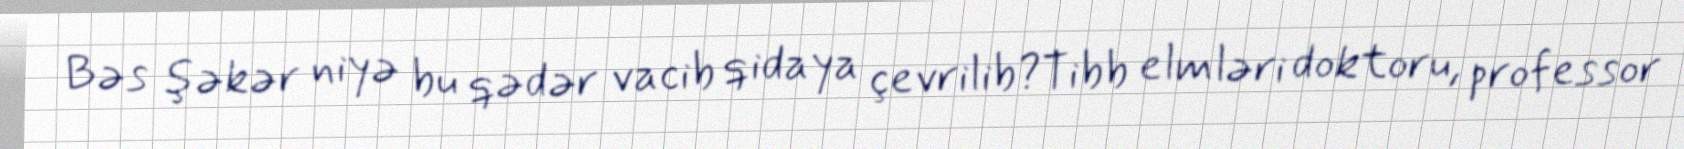
Bəs şəkər niyə bu qədər vacib qidaya çevrilib?Tibb elmləri doktoru, professor